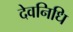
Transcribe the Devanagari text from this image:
देवनिधि